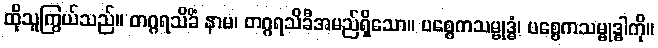
ထိုသူကြွယ်သည်။ တဂ္ဂရသိခိံ နာမ၊ တဂ္ဂရသိခီအမည်ရှိသော။ ပစ္စေကသမ္ဗုဒ္ဓံ၊ ပစ္စေကသမ္ဗုဒ္ဓါကို။